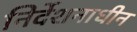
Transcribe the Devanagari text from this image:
निर्देशनाधीन